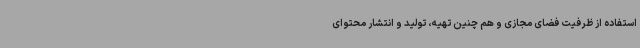
استفاده از ظرفیت فضای مجازی و هم چنین تهیه، تولید و انتشار محتوای